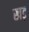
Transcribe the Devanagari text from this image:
खड़